Trukikaitis_Postimees, lk 211
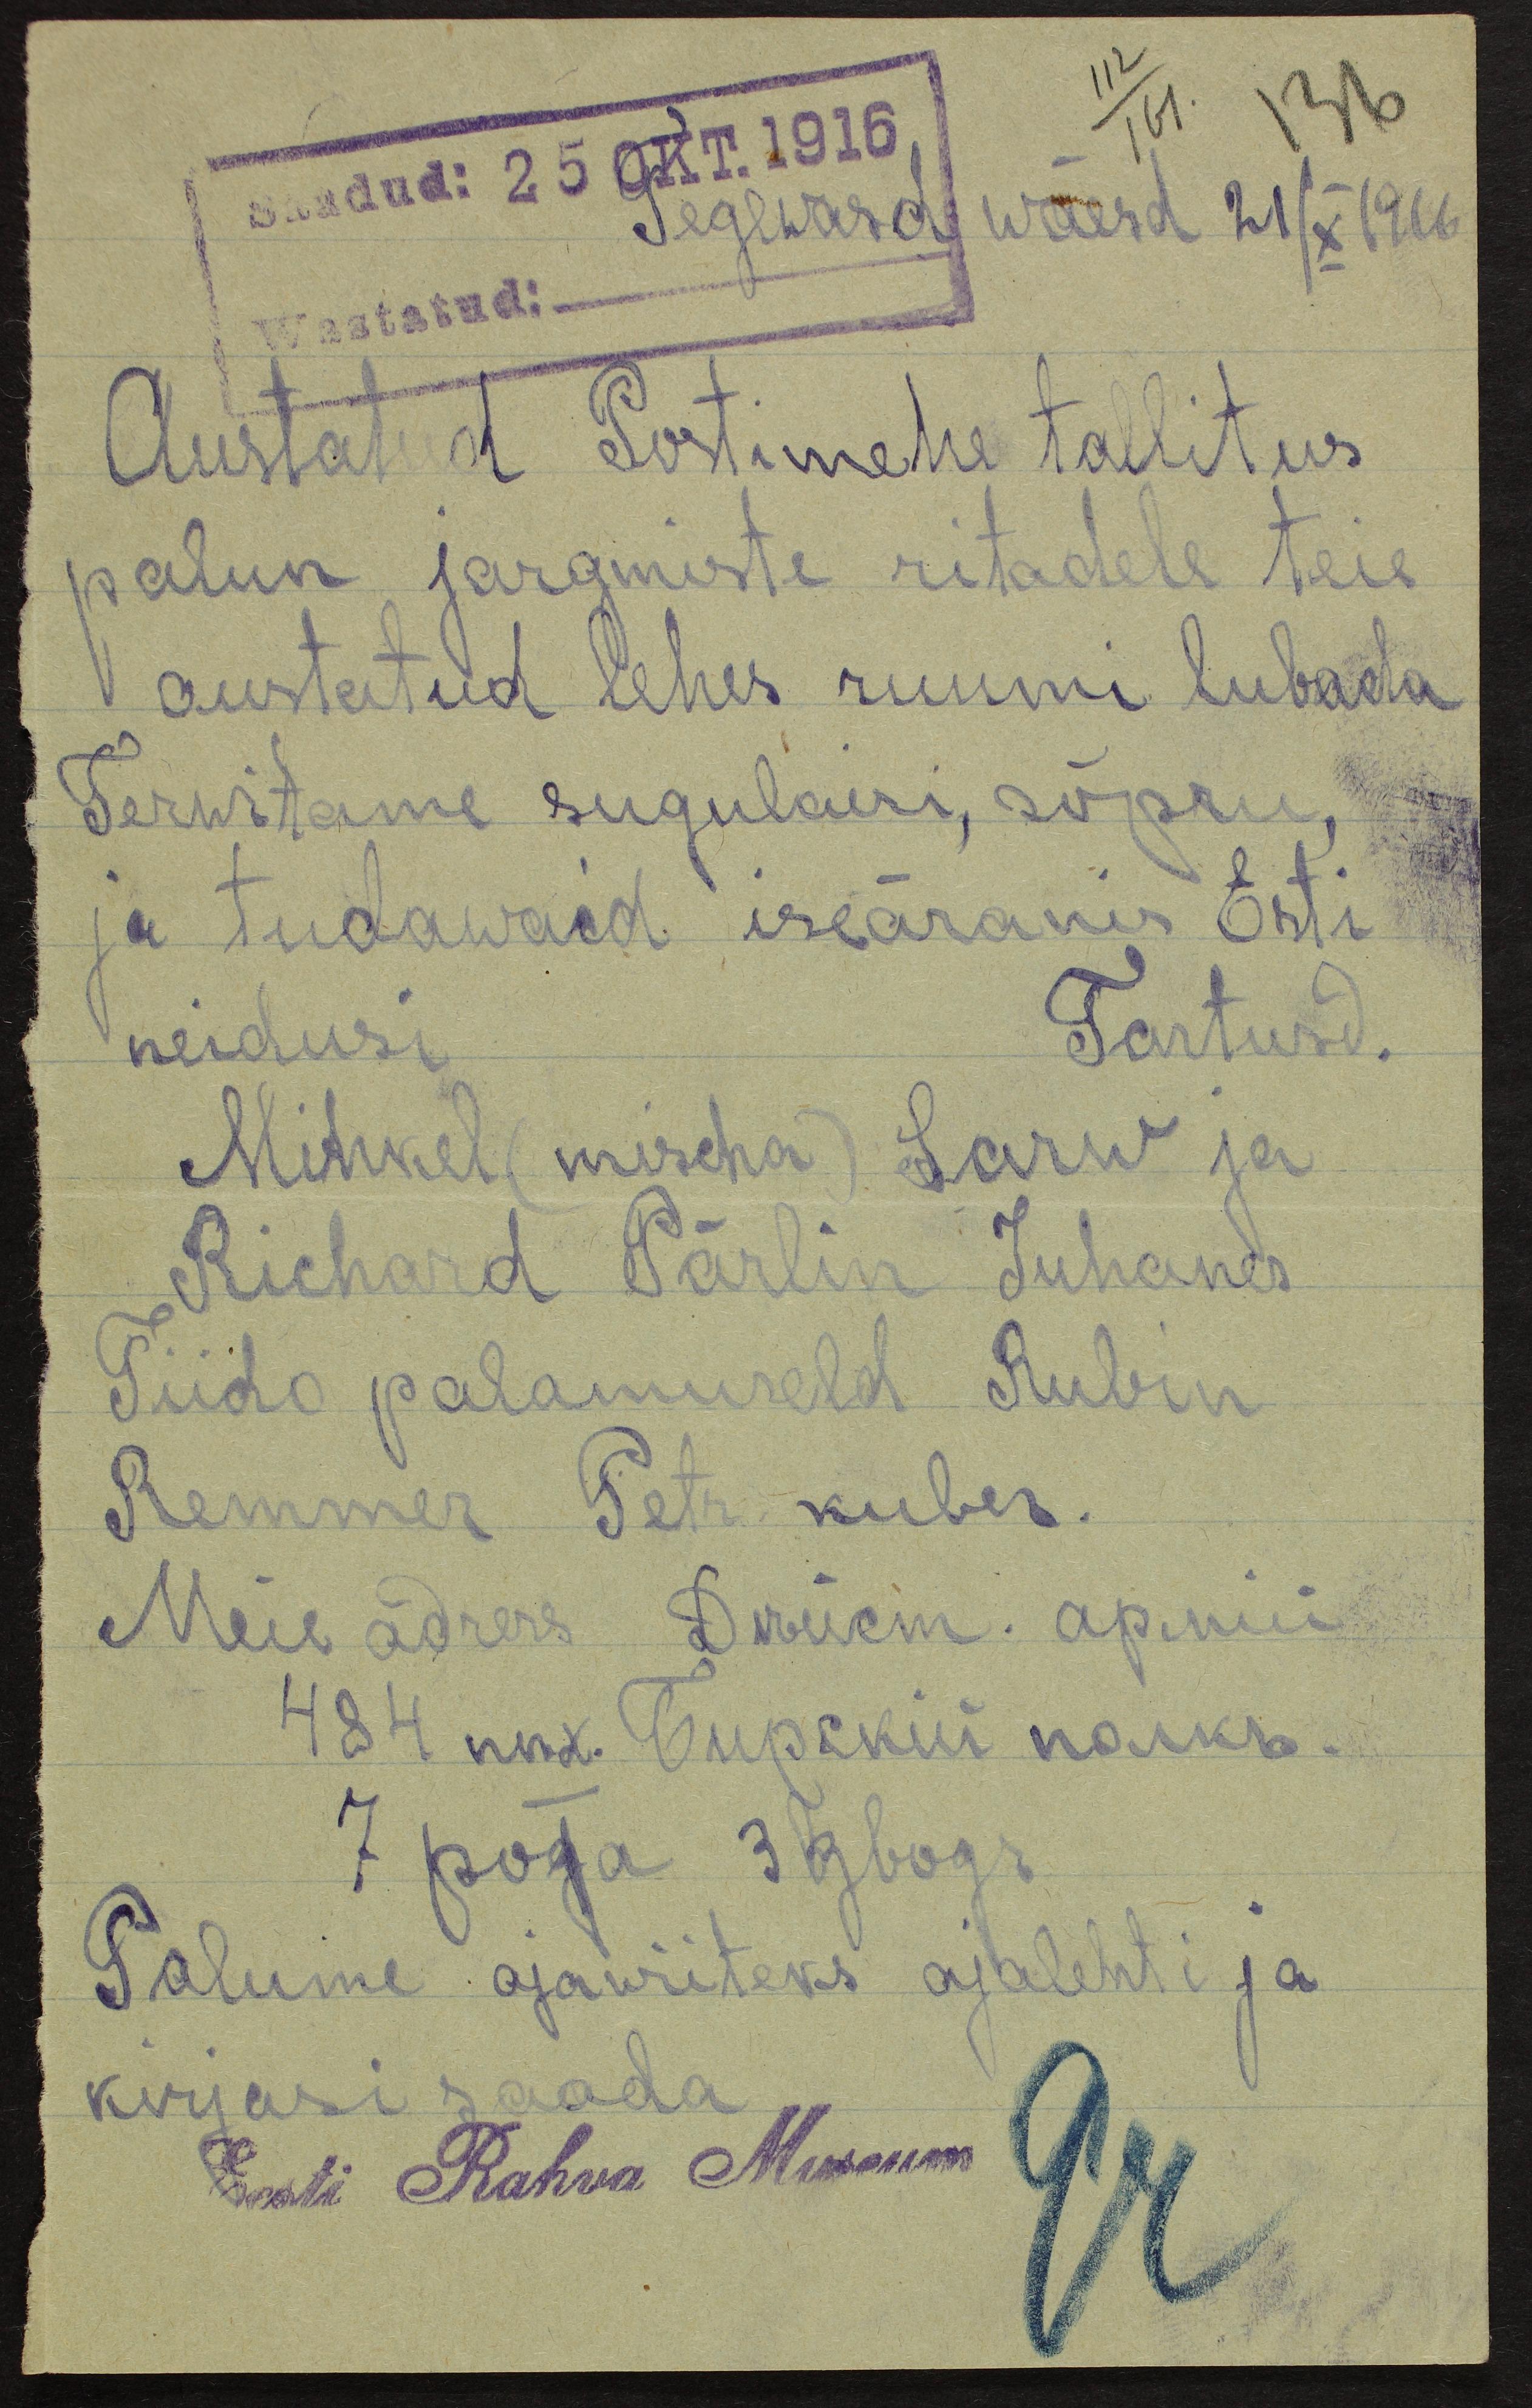
112/161. 136
Saadud: 25 OKT.1916
Tegewasd wäesd 21/X 1916
Wastatud:
Austatud Postimehe tallitus
palun järgmiste ritadele teie
austatud lehes ruumi lubada
Terwitame sugulaisi, sõpru
ja tudawaid iseäranis Esti
neidusi
Tartusd.
Mihkel (mischa) Sarw ja
Richard Pärlin Juhanes
Tiido palamuseld Rubin
Remmer Petr. kuber.
Meie adrers Devekim. apnii
Palume ajawiiteks ajalehti ja
kirjasi saada
Eesti Rahva Museum